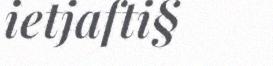
ietjafti§